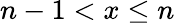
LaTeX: n-1<x\leq n